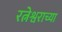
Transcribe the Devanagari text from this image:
रत्नेश्वराच्या